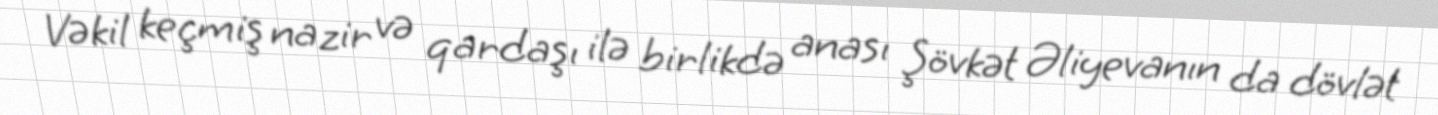
Vəkil keçmiş nazir və qardaşı ilə birlikdə anası Şövkət Əliyevanın da dövlət